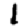
Digit: 1